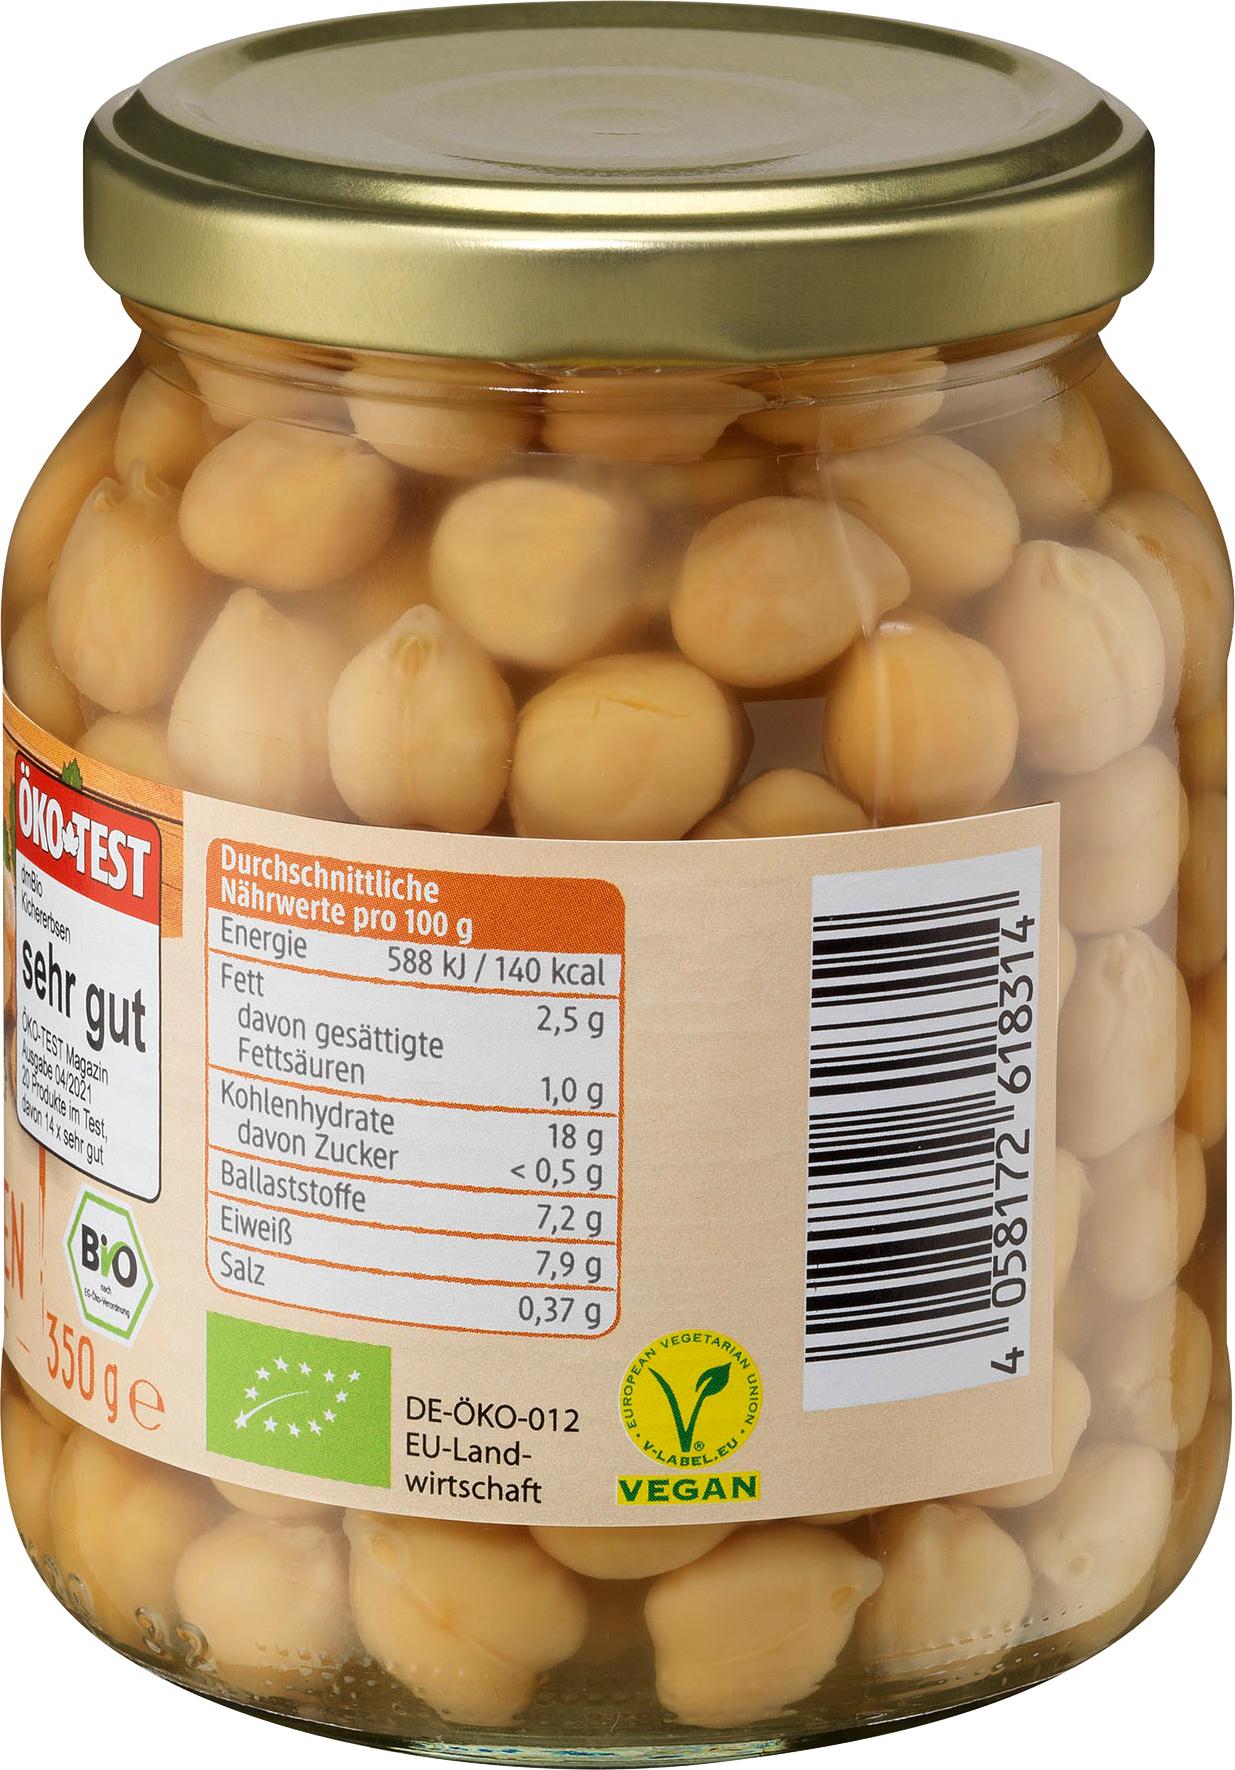
OKO-TEST
OKO-TEST Magazin
BO
Durchschnittliche Nährwerte pro 100 g
Energie
Fett
15-Cho-Ventang
350 ge
588 kJ/140 kcal
2,5 g
1,0 g
18 g
< 0,5 g
7,2 g
7,9 g
0,37 g
DE-ÖKO-012 EU-Landwirtschaft
davon gesättigte Fettsäuren
Kohlenhydrate davon Zucker
Ballaststoffe
Eiweiß
Salz
TARIAN
VEGET
-LABEL.
VEGAN
CUROPEAN
AN UNION na..
LE819 2218507